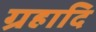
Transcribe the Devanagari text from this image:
ग्रहादि